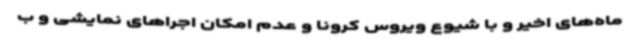
ماه‌های اخیر و با شیوع ویروس کرونا و عدم امکان اجراهای نمایشی و ب